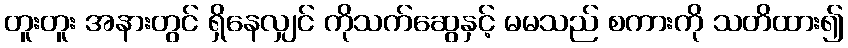
တူးတူး အနားတွင် ရှိနေလျှင် ကိုသက်ဆွေနှင့် မမသည် စကားကို သတိထား၍